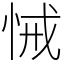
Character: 悈